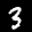
Label: 3